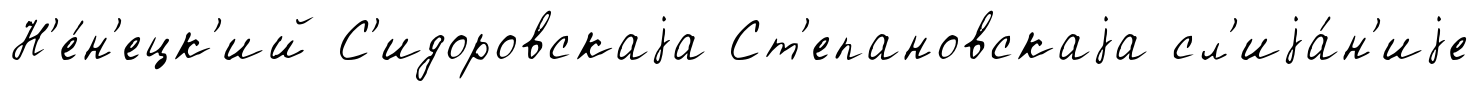
Н'е́н'ецк'ий С'идоровскаjа Ст'епановскаjа сл'иjа́н'иjе